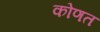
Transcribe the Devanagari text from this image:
कोणत